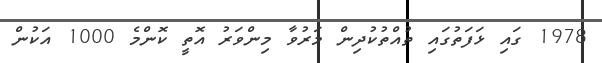
1978 ގައި ޅަފަތުގައި ތުއްތުކުދިން މަރުވާ މިންވަރު އޮތީ ކޮންމެ 1000 އަކުން